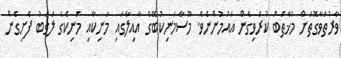
ވާރުތަވާގޮތަށް މުޚާޠަބު ކުރެވިގެން އައުމުންނެވެ. މޫސާމަނިކުބޭގެ އާއިލާގައި މަނިކާއި މަނިކެގެ ލަގަބު ފެށިގެން